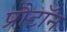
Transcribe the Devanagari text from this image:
प्रौटॉन